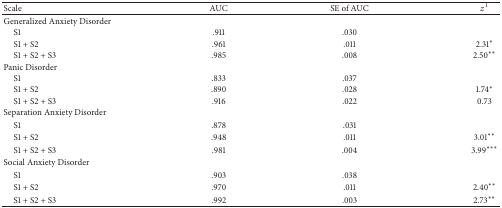
| Scale | AUC | SE of AUC | z1 |
 | --- | --- | --- | --- |
 | Generalized Anxiety Disorder |  |  |  |
 | S1 | .911 | .030 |  |
 | S1 + S2 | .961 | .011 | 2.31* |
 | S1 + S2 + S3 | .985 | .008 | 2.50** |
 | Panic Disorder |  |  |  |
 | S1 | .833 | .037 |  |
 | S1 + S2 | .890 | .028 | 1.74* |
 | S1 + S2 + S3 | .916 | .022 | 0.73 |
 | Separation Anxiety Disorder |  |  |  |
 | S1 | .878 | .031 |  |
 | S1 + S2 | .948 | .011 | 3.01** |
 | S1 + S2 + S3 | .981 | .004 | 3.99*** |
 | Social Anxiety Disorder |  |  |  |
 | S1 | .903 | .038 |  |
 | S1 + S2 | .970 | .011 | 2.40** |
 | S1 + S2 + S3 | .992 | .003 | 2.73** |